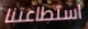
استطاعتنا